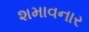
શમાવનાર